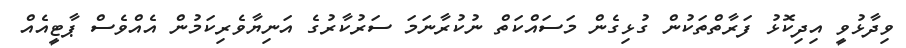
ވިދާޅުވީ އިދިކޮޅު ފަރާތްތަކުން ގުޅިގެން މަސައްކަތް ނުކުރާނަމަ ސަރުކާރުގެ އަނިޔާވެރިކަމުން އެއްވެސް ޕާޓީއެއް